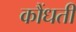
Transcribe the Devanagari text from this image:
कौंधती